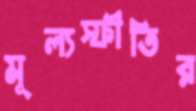
মূল্যস্ফীতির